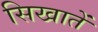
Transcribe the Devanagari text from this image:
सिखातें